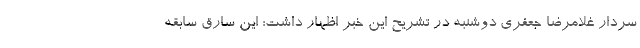
سردار غلامرضا جعفری دوشنبه در تشریح این خبر اظهار داشت: این سارق سابقه